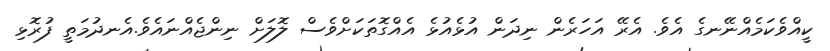
ކީއްވެކަމެއްނޭނގެ އެވެ. އެރޭ އަހަރެން ނިދަން އުޅެއުޅެ އެއްގޮތަކަށްވެސް ލޮލަށް ނިންޖެއްނައެވެ.އެނދުމަތީ ފުރޮޅި